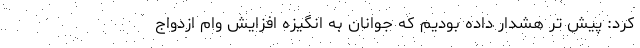
کرد: پیش تر هشدار داده بودیم که جوانان به انگیزه افزایش وام ازدواج